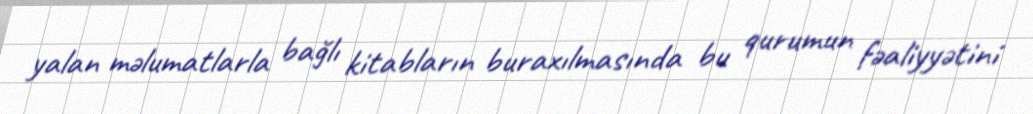
yalan məlumatlarla bağlı kitabların buraxılmasında bu qurumun fəaliyyətini